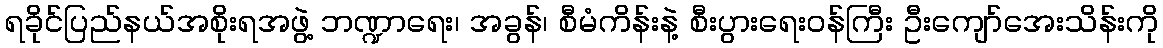
ရခိုင်ပြည်နယ်အစိုးရအဖွဲ့ ဘဏ္ဍာရေး၊ အခွန်၊ စီမံကိန်းနဲ့ စီးပွားရေးဝန်ကြီး ဦးကျော်အေးသိန်းကို